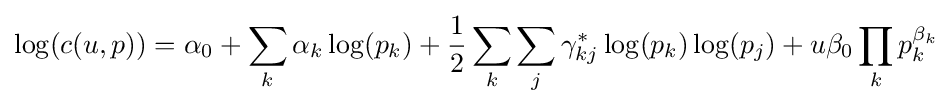
\log(c(u,p))=\alpha _{0}+\sum _{k}\alpha _{k}\log(p_{k})+{\frac {1}{2}}\sum _{k}\sum _{j}\gamma _{kj}^{*}\log(p_{k})\log(p_{j})+u\beta _{0}\prod _{k}p_{k}^{\beta _{k}}